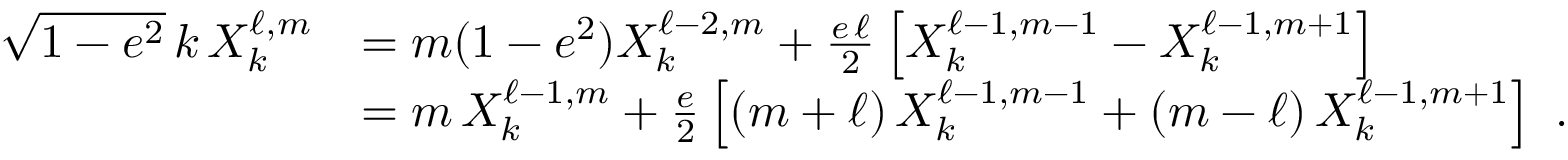
\begin{array} { r l } { \sqrt { 1 - e ^ { 2 } } \, k \, X _ { k } ^ { \ell , m } } & { = m ( 1 - e ^ { 2 } ) X _ { k } ^ { \ell - 2 , m } + \frac { e \, \ell } { 2 } \left[ X _ { k } ^ { \ell - 1 , m - 1 } - X _ { k } ^ { \ell - 1 , m + 1 } \right] } \\ & { = m \, X _ { k } ^ { \ell - 1 , m } + \frac { e } { 2 } \left[ ( m + \ell ) \, X _ { k } ^ { \ell - 1 , m - 1 } + ( m - \ell ) \, X _ { k } ^ { \ell - 1 , m + 1 } \right] \ . } \end{array}